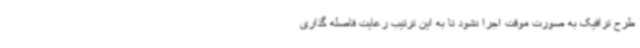
طرح ترافیک به صورت موقت اجرا نشود تا به این ترتیب رعایت فاصله گذاری